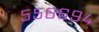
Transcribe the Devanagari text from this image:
५५६६९४